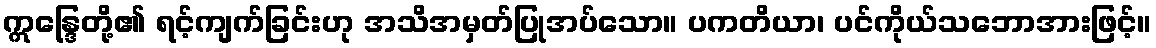
ဣန္ဒြေတို့၏ ရင့်ကျက်ခြင်းဟု အသိအမှတ်ပြုအပ်သော။ ပကတိယာ၊ ပင်ကိုယ်သဘောအားဖြင့်။